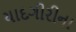
યાદગીરીના